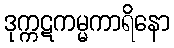
ဒုက္ကဋကမ္မကာရိနော